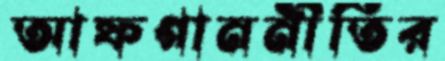
আফগাননীতির